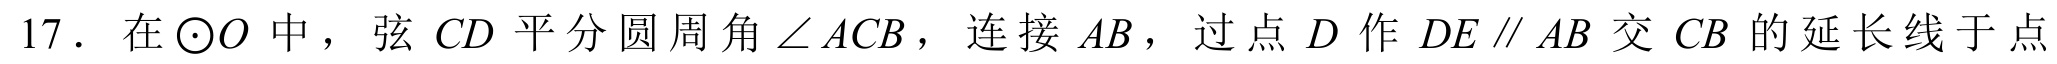
17. 在\(\odot O\)中，弦\(CD\)平分圆周角\(\angle ACB\)，连接\(AB\)，过点\(D\)作\(DE\parallel AB\)交\(CB\)的延长线于点